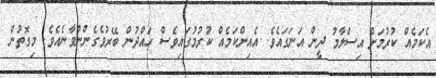
އެކަމެއް ކުރުމަށް އިސްލާމު ދީން އަނަގައެވެ. އެއިންކަމެއް ކުރުމުގައިވެސް ހައްދުން ބޭރުވެގެންނުވާނެއެވެ. މިގޮތުން